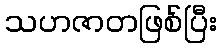
သဟဇာတဖြစ်ပြီး